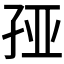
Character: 𰌦